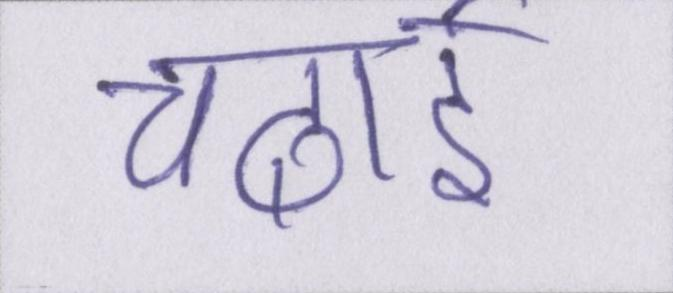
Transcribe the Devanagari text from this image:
चढाई